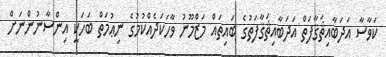
ކަވާސާ އަދަބާއިޘަޤާފަތް އަދަބާއިޘަޤާފަތުގެ ބައިތައް މަޒްމޫނު ވާހަކަދެއްކުމުގެ ނިޢުމަތް ބަހަކީ އިންސާނުންނަށް